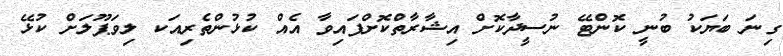
ގިނަ ބަޔަކު ބުނީ ކޮންޓޭ ނުސީދާކޮށް އިޝާރާތްކޮށްފައިވާ އެއް ކުޅުންތެރިއަކ ލިވަޕޫލަށް ކުޅޭ